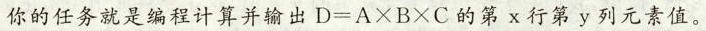
你的任务就是编程计算并输出$$D = A \times B \times C$$的第x行第y列元素值。